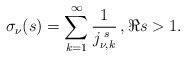
\begin{align*}\sigma_{\nu}(s)=\sum_{k=1}^{\infty}\frac{1}{j_{\nu,k}^{\,\, s}}\,,\Re s>1.\end{align*}